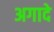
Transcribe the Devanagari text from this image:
अगादे